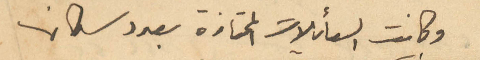
وكانت العائلات الممتازة بعدد سكانها